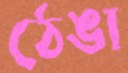
ঠেঙা